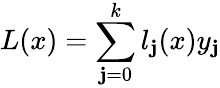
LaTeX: L(x)=\sum_{\mathbf{j}=0}^{k}l_{\mathbf{j}}(x)y_{\mathbf{j}}